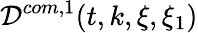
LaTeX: \mathcal{D}^{com,1}(t,k,\xi,\xi_{1})